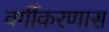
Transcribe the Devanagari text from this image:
वर्गीकरणास